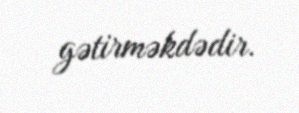
gətirməkdədir.